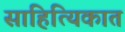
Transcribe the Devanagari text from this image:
साहित्यिकात